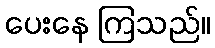
ပေးနေ ကြသည်။